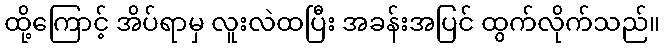
ထို့ကြောင့် အိပ်ရာမှ လူးလဲထပြီး အခန်းအပြင် ထွက်လိုက်သည်။